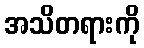
အသိတရားကို